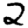
Digit: 2